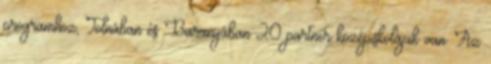
programhoz, Tolnában és Baranyában 20 partner középiskolájuk van. Az